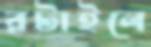
রটাইলে